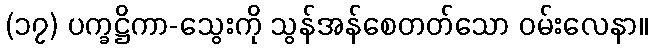
(၁၇) ပက္ခဋ္ဌိကာ-သွေးကို သွန်အန်စေတတ်သော ဝမ်းလေနာ။